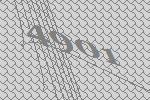
4901